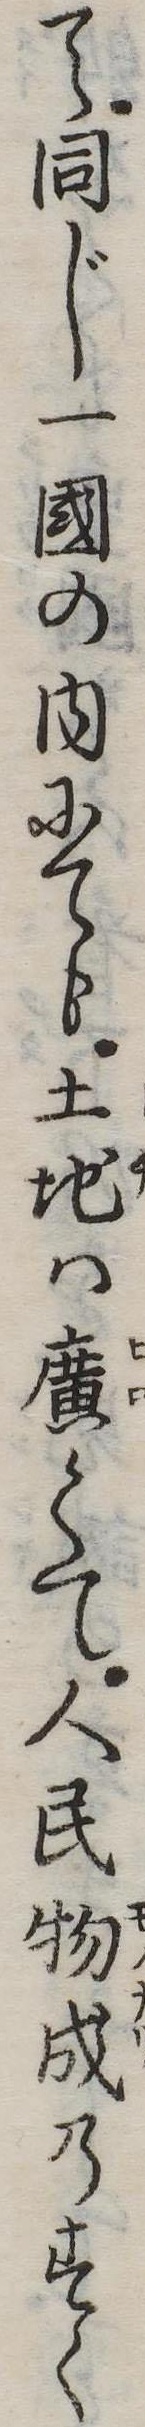
て同じ一国の内にても土地は広くて人民物成のすく